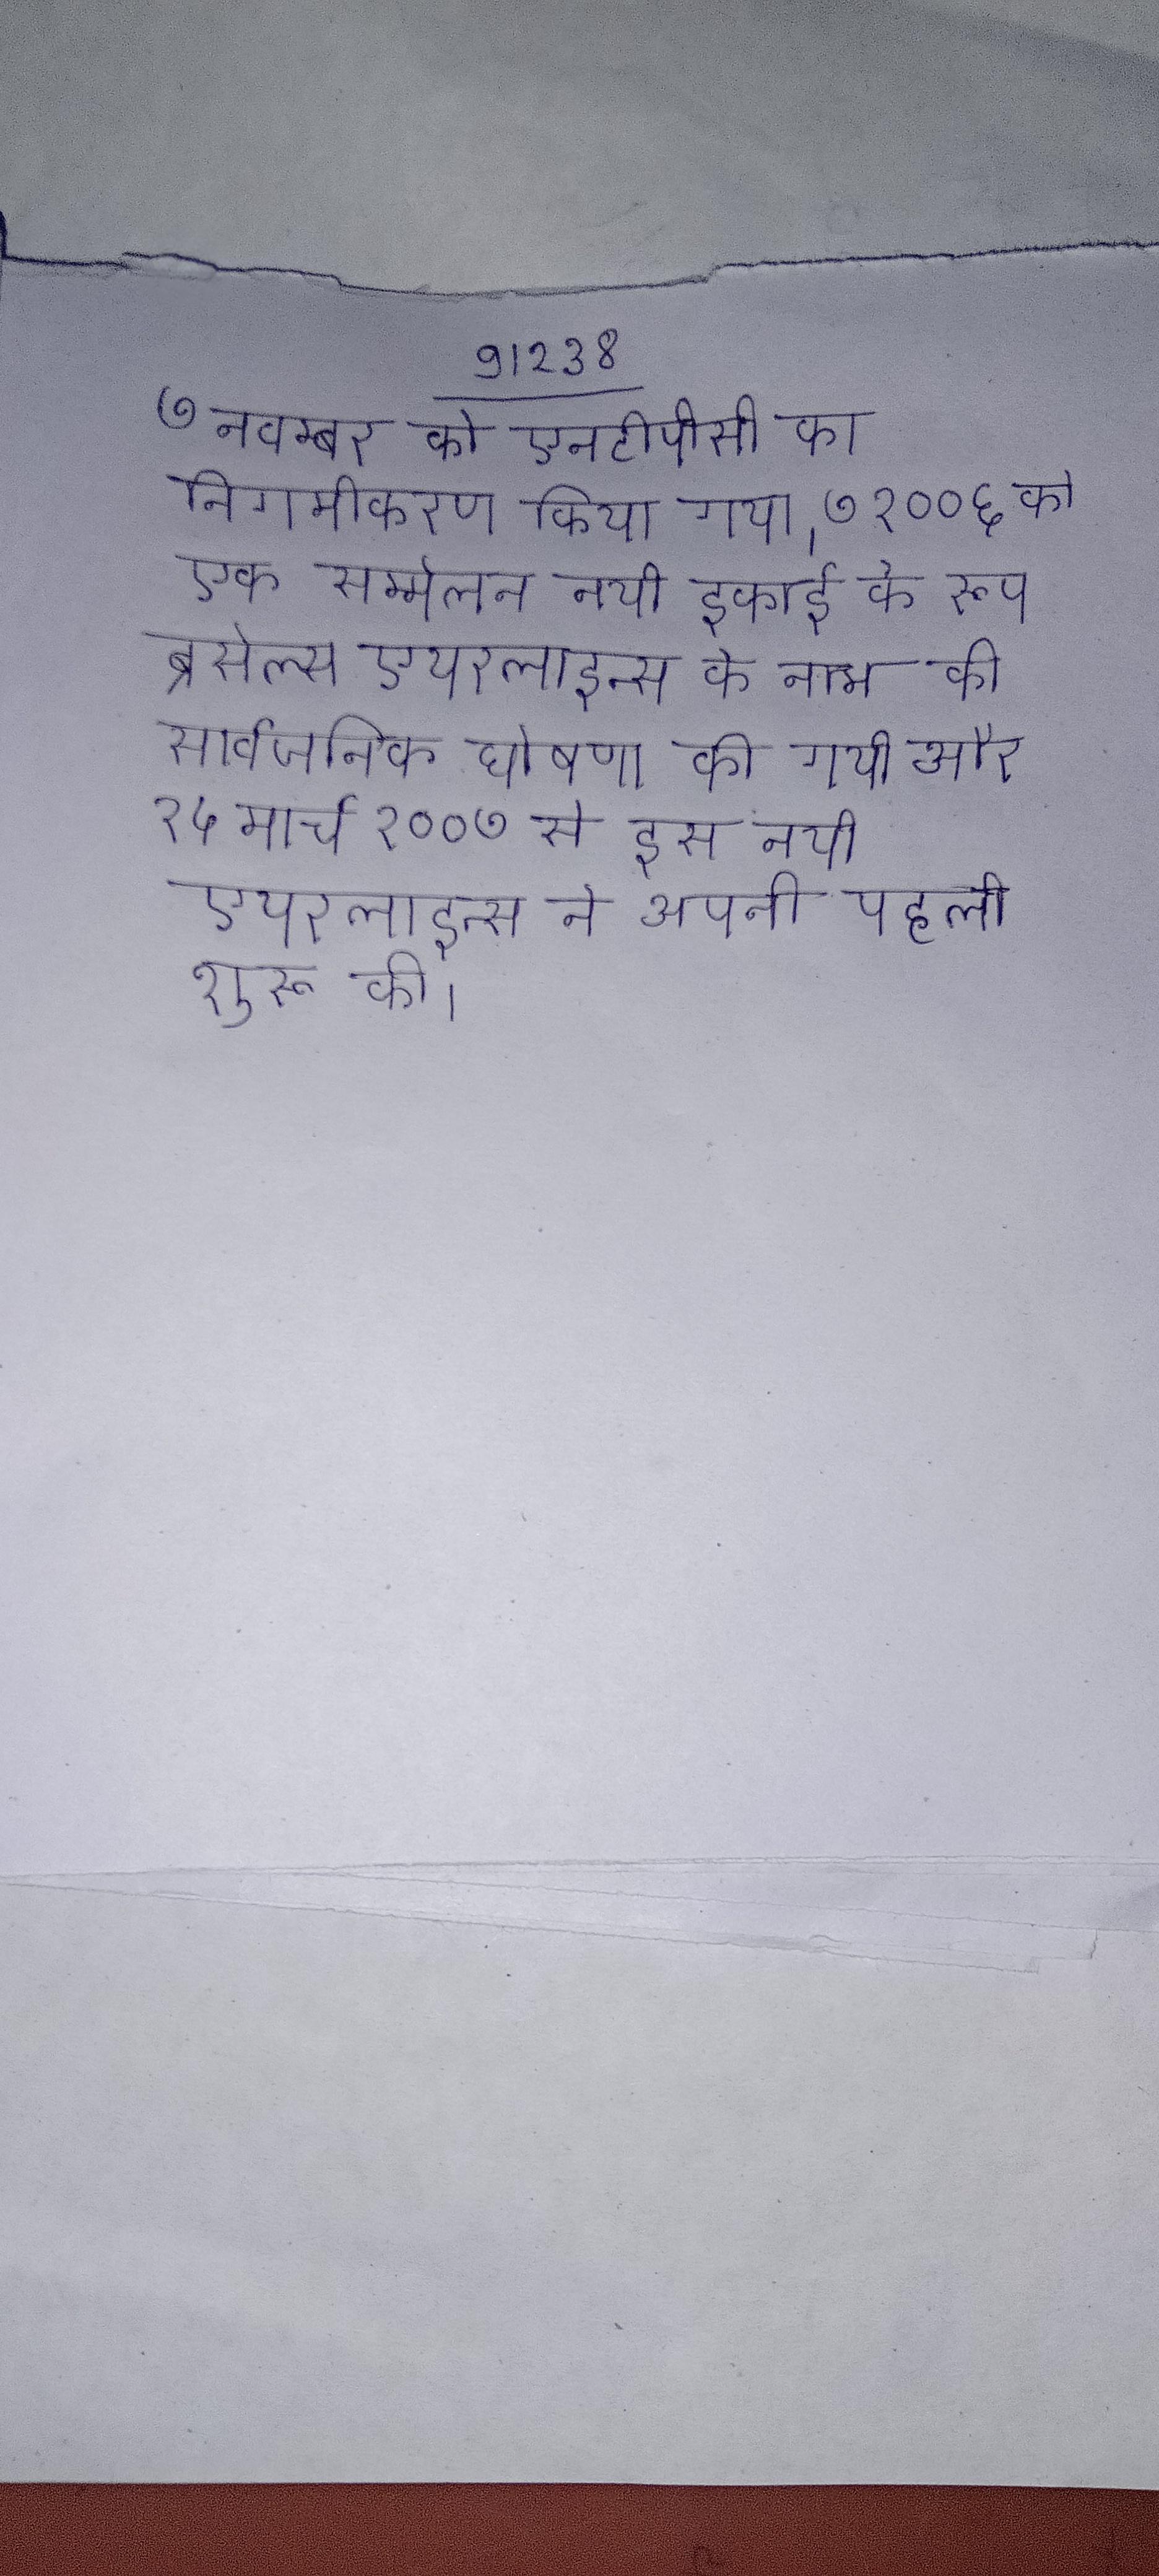
७ नवम्बर को एनटीपीसी का निगमीकरण किया गया । ७ २००६ को एक सम्मेलन नयी इकाई के रूप ब्रसेल्स एयरलाइन्स के नाम की सार्वजनिक घोषणा की गयी और २५ मार्च २००७ से इस नयी एयरलाइन्स ने अपनी पहली शुरू की ।